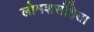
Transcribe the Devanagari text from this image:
लोमशसंहिता